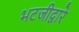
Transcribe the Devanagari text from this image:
भटजीद्वारे